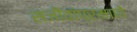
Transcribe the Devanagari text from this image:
सजीवांप्रमाणे